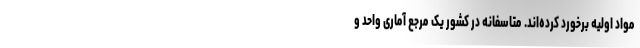
مواد اولیه برخورد کرده‌اند. متاسفانه در کشور یک مرجع آماری واحد و